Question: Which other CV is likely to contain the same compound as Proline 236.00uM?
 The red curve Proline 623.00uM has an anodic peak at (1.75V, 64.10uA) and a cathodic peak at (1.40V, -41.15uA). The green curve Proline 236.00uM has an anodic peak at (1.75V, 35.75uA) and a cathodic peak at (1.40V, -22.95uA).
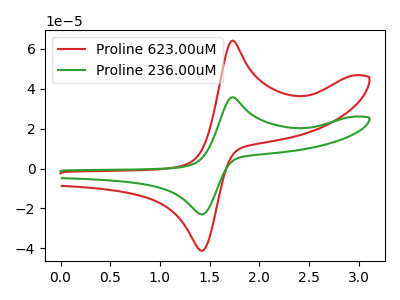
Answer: <think>All the peaks in "Proline 623.00uM" have a peak in "Proline 236.00uM" at the same potential. Every peak in "Proline 623.00uM" is higher than every peak in "Proline 236.00uM".
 </think>
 <answer>The CV with the most similar shape to "Proline 623.00uM" is "Proline 236.00uM".</answer>
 <eval>"Proline 236.00uM"</eval>